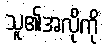
သူ၏အလိုကို